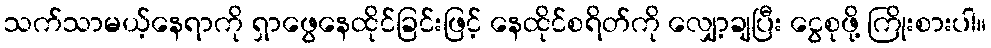
သက်သာမယ့်နေရာကို ရှာဖွေနေထိုင်ခြင်းဖြင့် နေထိုင်စရိတ်ကို လျှော့ချပြီး ငွေစုဖို့ ကြိုးစားပါ။